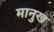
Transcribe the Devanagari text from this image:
मानुख